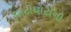
વાટાઘાટોનો